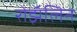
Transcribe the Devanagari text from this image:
रोझॅलिन